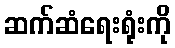
ဆက်ဆံရေးရုံးကို